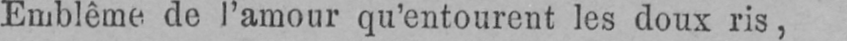
Emblême de l’amour qu’entourent les doux ris,